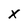
Character: X